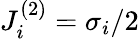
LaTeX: J_{i}^{(2)}=\sigma_{i}/2